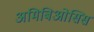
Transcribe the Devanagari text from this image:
अमिबिओसिस